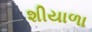
શીયાળા